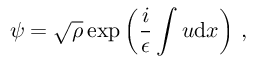
\psi = \sqrt { \rho } \exp \left( \frac { i } { \epsilon } \int { u } { \mathrm { d } } x \right) \, ,